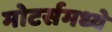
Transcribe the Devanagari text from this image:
मोटर्समध्ये